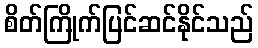
စိတ်ကြိုက်ပြင်ဆင်နိုင်သည်